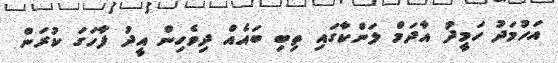
އަހުމަދު ހަމީދު އާދަމް ލަންކާގައި ތިބި ބައެއް ދިވެހިން އީދު ފާހަގަ ކުރަން